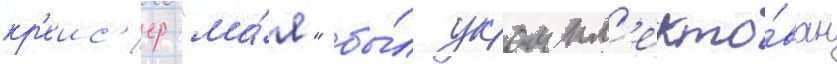
кр'еис'ер "ма́я" бы́л укомпл'екто́ван